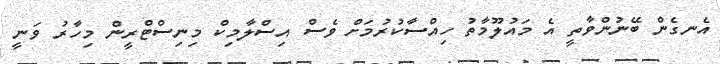
އެނގެން ބޭނުންވާތީ އެ މައުލޫމާތު ހިއްސާކުރުމަށް ވެސް އިސްލާމިކް މިނިސްޓްރީން މިހާރު ވަނީ